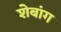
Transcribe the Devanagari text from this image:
शेबांग